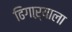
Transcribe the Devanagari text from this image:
ढिगाऱ्याला